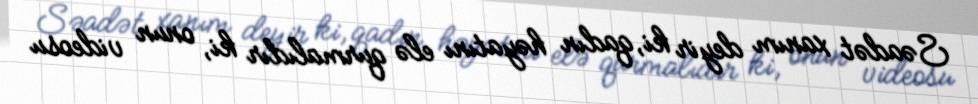
Səadət xanım deyir ki, qadın həyatını elə qurmalıdır ki, onun videosu